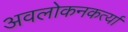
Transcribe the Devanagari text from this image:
अवलोकनकर्त्या